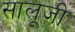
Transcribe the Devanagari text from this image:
सालूजी